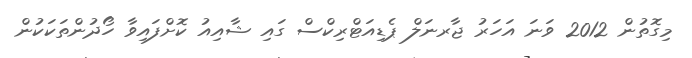
މިގޮތުން 2012 ވަނަ އަހަރު ޖާރނަލް ޕެޑިއަޓްރިކްސް ގައި ޝާއިއު ކޮށްފައިވާ ހޯދުންތަކަކުން